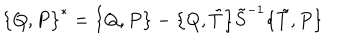
\bigl \{ Q , P \bigr \} ^ { \ast } = \bigl \{ Q , P \bigr \} - \bigl \{ Q , \tilde { T } \bigr \} \tilde { S } ^ { - 1 } \bigl \{ \tilde { T } , P \bigr \}